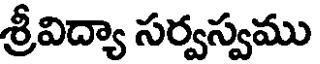
శ్రీవిద్యా సర్వస్వము